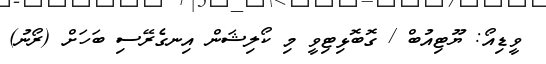
ވީޑިއޯ: ޔޫޓިއުބް / ގޮބޮޅިޓިވީ މި ކޯލިޝަން އިނގެރޭސި ބަހަށް (ރޯނު)